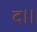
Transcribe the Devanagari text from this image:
द।।